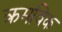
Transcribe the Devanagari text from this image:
क्रमविक